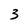
Character: 3